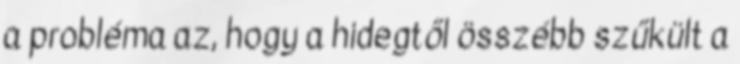
a probléma az, hogy a hidegtől összébb szűkült a